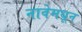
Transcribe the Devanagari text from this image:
नावेमधून